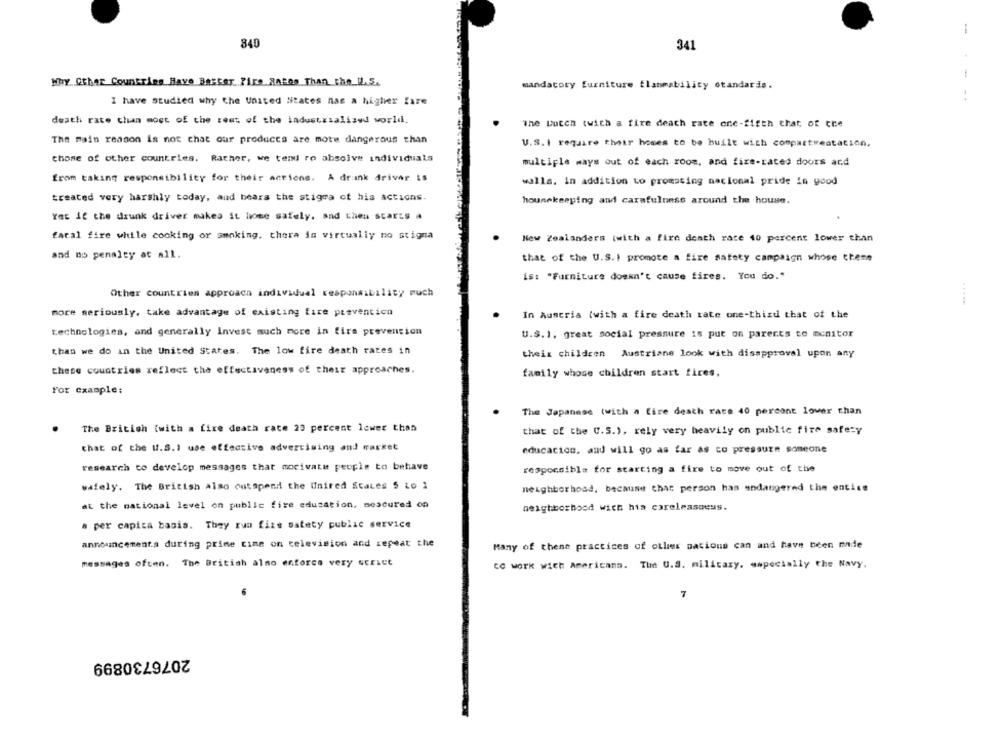
1
840
341
Why Other Countries Have Besser Fire RABes Than the U. S.
mandatory furniture flammability standards.
I have studied why the United States nas a higher fare
death rate chan most of the rest of the industrialized world.
The Dutch twith a fire death rate one-fifth that of the
The main reason is not chat our products are mote dangerous than
U.S.I require their hoses to be built with compartrestacion.
those of other countries. Rather, we tend ro absolve individuals
multiple mays out of each room, and fire-rated doors and
from taking responsibility for their actions. A drunk driver is
walls. in addition to promoting nacional pride in good
treated very harshly today, and bears the stigma of his actions.
housekeeping and carafulness around the house.
Yet if the drunk driver makes it home safely, and then scarts a
fatal fire while cooking or smoking. thera ia virtually no stigna
New Zealanders (with a fire death race 40 percent lower than
and no penalty at all.
that of the U.S.I promote a fire safety campaign whose theme
is: "Furniture doesn't cause fires. You do."
Other countries approach individual responsibility much
.....
more seriously, take advantage of existing fire prevention
In Austria (with a fire death tate one-third that of the
technologies, and generally Invest much more in fire prevention
U.S.1. great social pressure is put on parents to monitor
than we do in the United States. The low fire death rates in
their children Austrians look with disapproval upon any
these countries reflect the effectiveness of their approaches.
family whose children start fires.
For example:
The Japanese with a fire death race 40 percont lower than
The British [with a fixe death rate 20 percent lower than
that of the U.S.), rely very heavily on public fire safety
that of the U.S.1 use effective advertising and market
educacion, and will go as far as to pressure someone
research to develop messages that mocivate people to behave
responsible for starting a fire to move out of the
wafely. The British also outSpend the United States $ to 1
neighborhood, because that person has endangered thm entice
at the national level on public fire education, soscured on
neighborhood wich his carelessoess.
a per capita basis. They zum fize ostety public service
announcements during prime time on television and repeat the
Many of these practices of other nations can and have been made
messages often. The British alno enfores very strict
CC work with Americans. The U.S. military. aspecially the Navy.
7
2076730899